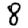
Digit: 8